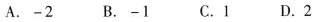
A.-2 B.-1 C.1 D.2